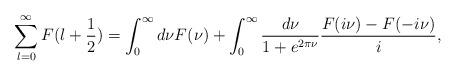
LaTeX: \begin{align*}\sum^{\infty}_{l=0}F(l+\frac12)=\int^\infty _0 d\nu F(\nu) +\int^\infty _0\frac{d\nu}{1+e^{2\pi\nu}}\frac{F(i\nu)-F(-i\nu)}{i},\end{align*}